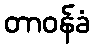
တာဝန်ခံ